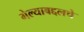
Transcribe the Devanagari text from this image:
गेल्याबद्दलचे